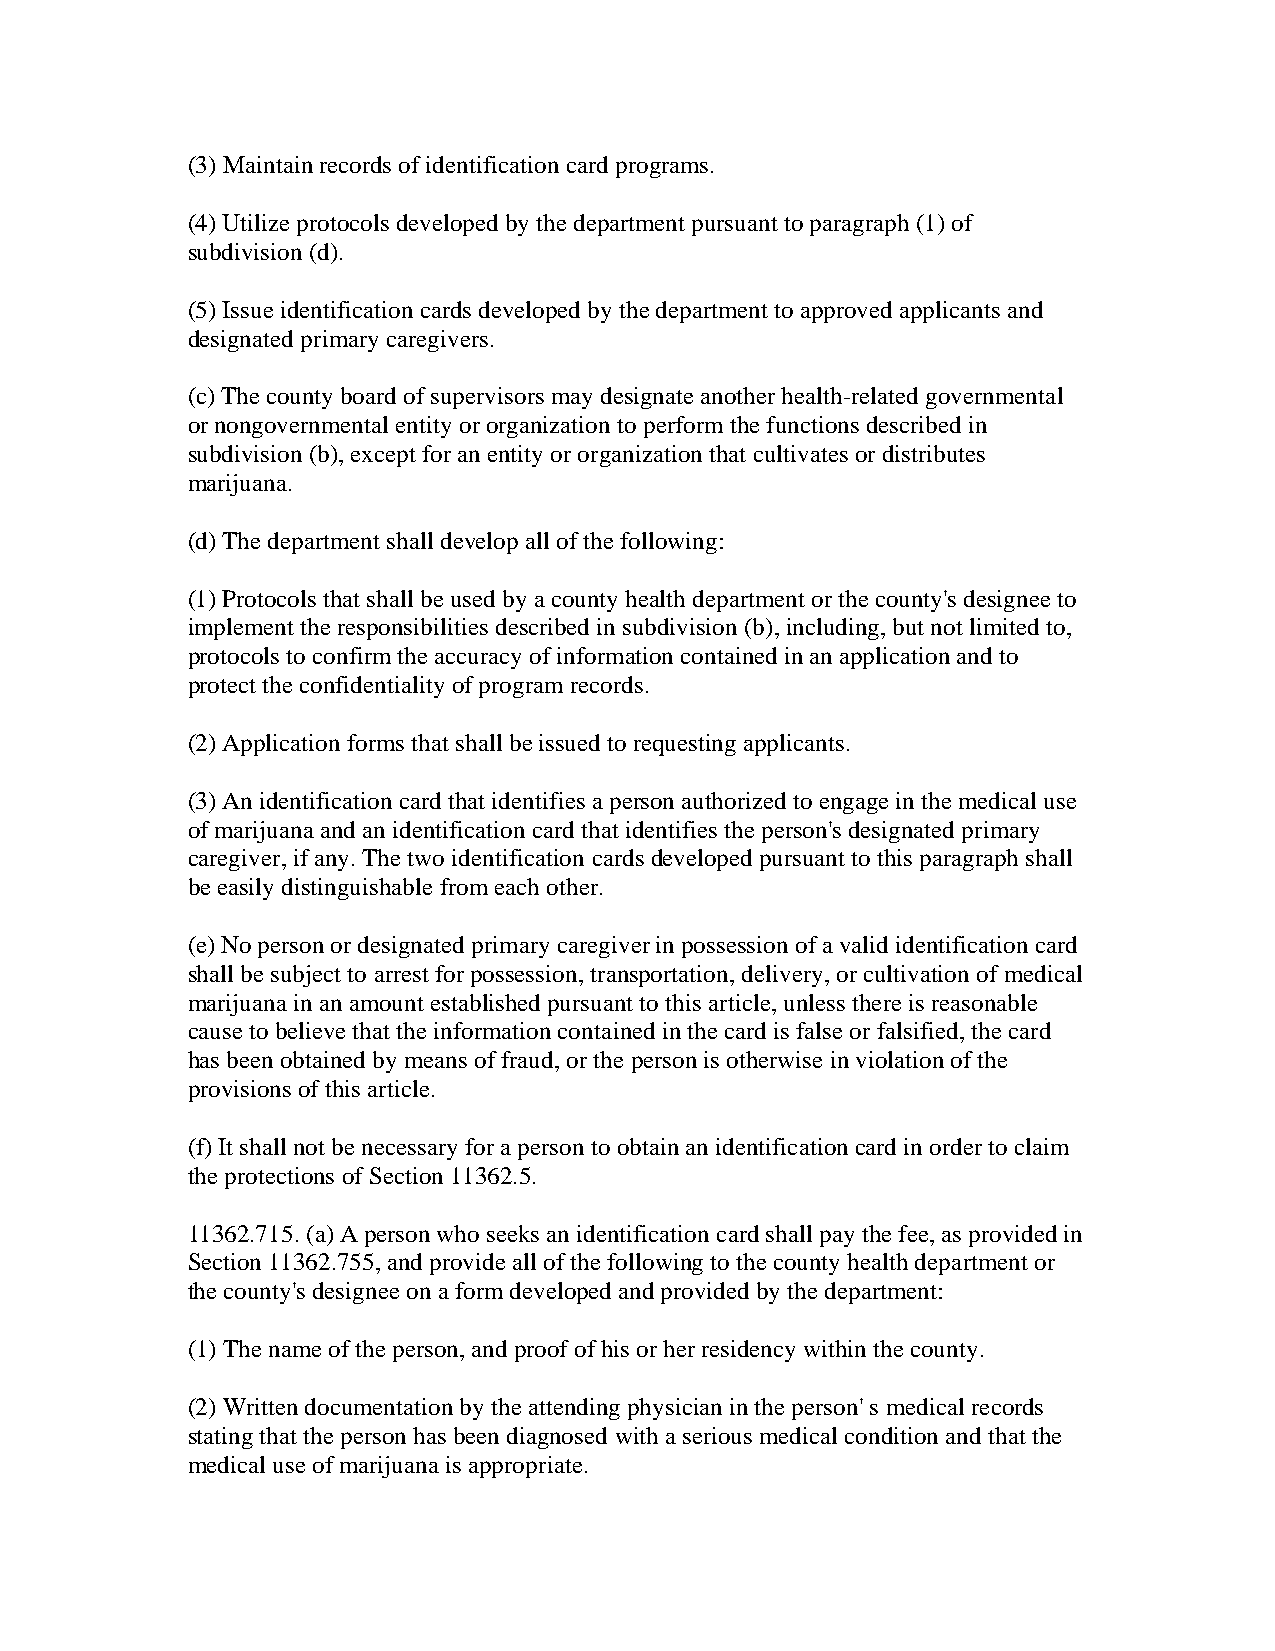
(3) Maintain records of identification card programs.
 (4) Utilize protocols developed by the department pursuant to paragraph (1) of
 subdivision (d).
 (5) Issue identification cards developed by the department to approved applicants and
 designated primary caregivers.
 (c) The county board of supervisors may designate another health-related governmental
 or nongovernmental entity or organization to perform the functions described in
 subdivision (b), except for an entity or organization that cultivates or distributes
 marijuana.
 (d) The department shall develop all of the following:
 (1) Protocols that shall be used by a county health department or the county's designee to
 implement the responsibilities described in subdivision (b), including, but not limited to,
 protocols to confirm the accuracy of information contained in an application and to
 protect the confidentiality of program records.
 (2) Application forms that shall be issued to requesting applicants.
 (3) An identification card that identifies a person authorized to engage in the medical use
 of marijuana and an identification card that identifies the person's designated primary
 caregiver, if any. The two identification cards developed pursuant to this paragraph shall
 be easily distinguishable from each other.
 (e) No person or designated primary caregiver in possession of a valid identification card
 shall be subject to arrest for possession, transportation, delivery, or cultivation of medical
 marijuana in an amount established pursuant to this article, unless there is reasonable
 cause to believe that the information contained in the card is false or falsified, the card
 has been obtained by means of fraud, or the person is otherwise in violation of the
 provisions of this article.
 (f) It shall not be necessary for a person to obtain an identification card in order to claim
 the protections of Section 11362.5.
 11362.715. (a) A person who seeks an identification card shall pay the fee, as provided in
 Section 11362.755, and provide all of the following to the county health department or
 the county's designee on a form developed and provided by the department:
 (1) The name of the person, and proof of his or her residency within the county.
 (2) Written documentation by the attending physician in the person' s medical records
 stating that the person has been diagnosed with a serious medical condition and that the
 medical use of marijuana is appropriate.